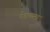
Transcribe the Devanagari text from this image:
पेडाकम्मा